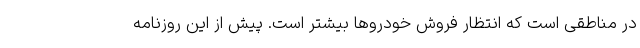
در مناطقی است که انتظار فروش خودروها بیشتر است. پیش از این روزنامه